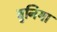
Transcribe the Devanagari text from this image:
बुनिया